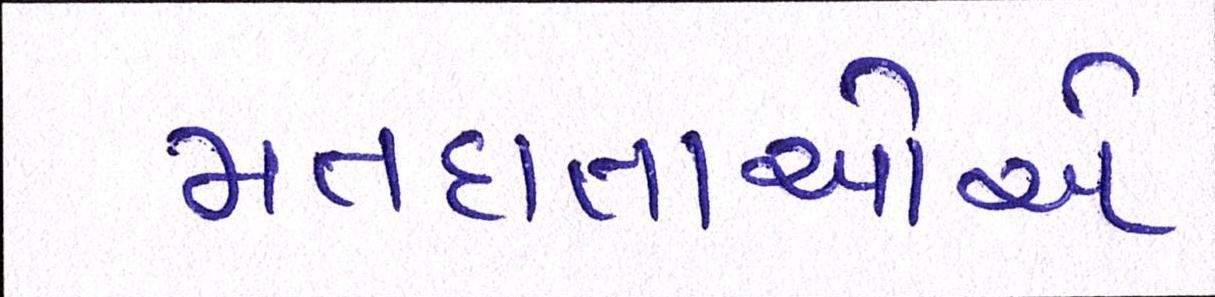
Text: મતદાતાઓએ